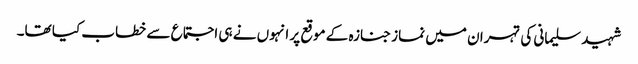
شہید سلیمانی کی تہران میں نماز جنازہ کے موقع پر انہوں نے ہی اجتماع سے خطاب کیا تھا۔